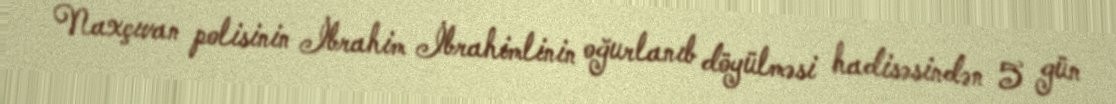
Naxçıvan polisinin İbrahim İbrahimlinin oğurlanıb döyülməsi hadisəsindən 5 gün